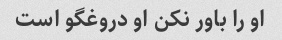
او را باور نکن او دروغگو است